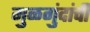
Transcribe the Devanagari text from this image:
मुळगुंदांची